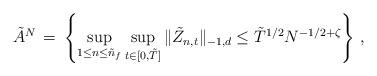
LaTeX: \begin{align*} \tilde A^N\, =\, \left\{ \sup_{1\leq n\leq \tilde n_f}\sup_{t\in [0,\tilde T]} \Vert \tilde Z_{n,t}\Vert_{-1,d} \leq \tilde T^{1/2}N^{-1/2+\zeta}\right\}\, ,\end{align*}